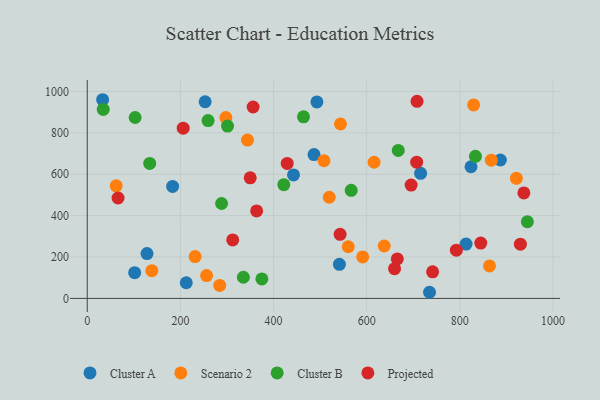
{"axis": {"x": "Distance", "y": "Yield"}, "legend": ["Cluster A", "Cluster B", "Projected", "Scenario 2"], "data": [{"x": "734.9", "y": 29.7, "type": "Cluster A"}, {"x": "824.0", "y": 636.2, "type": "Cluster A"}, {"x": "101.8", "y": 124.5, "type": "Cluster A"}, {"x": "541.4", "y": 164.8, "type": "Cluster A"}, {"x": "715.8", "y": 604.2, "type": "Cluster A"}, {"x": "486.9", "y": 695.0, "type": "Cluster A"}, {"x": "183.3", "y": 541.1, "type": "Cluster A"}, {"x": "813.4", "y": 262.7, "type": "Cluster A"}, {"x": "33.0", "y": 960.0, "type": "Cluster A"}, {"x": "442.9", "y": 596.7, "type": "Cluster A"}, {"x": "212.6", "y": 75.6, "type": "Cluster A"}, {"x": "128.3", "y": 216.5, "type": "Cluster A"}, {"x": "253.1", "y": 950.2, "type": "Cluster A"}, {"x": "493.1", "y": 949.4, "type": "Cluster A"}, {"x": "887.0", "y": 668.7, "type": "Cluster A"}, {"x": "256.2", "y": 110.4, "type": "Scenario 2"}, {"x": "637.6", "y": 253.3, "type": "Scenario 2"}, {"x": "297.7", "y": 873.7, "type": "Scenario 2"}, {"x": "543.7", "y": 843.1, "type": "Scenario 2"}, {"x": "508.3", "y": 665.5, "type": "Scenario 2"}, {"x": "615.9", "y": 658.0, "type": "Scenario 2"}, {"x": "829.6", "y": 934.8, "type": "Scenario 2"}, {"x": "863.7", "y": 156.9, "type": "Scenario 2"}, {"x": "284.4", "y": 63.0, "type": "Scenario 2"}, {"x": "62.1", "y": 543.9, "type": "Scenario 2"}, {"x": "867.6", "y": 667.9, "type": "Scenario 2"}, {"x": "560.4", "y": 249.7, "type": "Scenario 2"}, {"x": "138.7", "y": 134.1, "type": "Scenario 2"}, {"x": "921.4", "y": 580.3, "type": "Scenario 2"}, {"x": "591.4", "y": 200.6, "type": "Scenario 2"}, {"x": "519.6", "y": 488.8, "type": "Scenario 2"}, {"x": "344.0", "y": 765.0, "type": "Scenario 2"}, {"x": "231.6", "y": 202.4, "type": "Scenario 2"}, {"x": "667.8", "y": 714.9, "type": "Cluster B"}, {"x": "833.5", "y": 686.5, "type": "Cluster B"}, {"x": "288.4", "y": 458.6, "type": "Cluster B"}, {"x": "566.7", "y": 522.3, "type": "Cluster B"}, {"x": "945.0", "y": 370.4, "type": "Cluster B"}, {"x": "335.2", "y": 102.2, "type": "Cluster B"}, {"x": "301.2", "y": 832.7, "type": "Cluster B"}, {"x": "374.9", "y": 94.1, "type": "Cluster B"}, {"x": "134.1", "y": 652.3, "type": "Cluster B"}, {"x": "259.4", "y": 859.3, "type": "Cluster B"}, {"x": "422.0", "y": 549.7, "type": "Cluster B"}, {"x": "102.8", "y": 874.2, "type": "Cluster B"}, {"x": "34.3", "y": 913.0, "type": "Cluster B"}, {"x": "464.3", "y": 877.5, "type": "Cluster B"}, {"x": "844.9", "y": 267.4, "type": "Projected"}, {"x": "930.0", "y": 262.0, "type": "Projected"}, {"x": "792.5", "y": 232.9, "type": "Projected"}, {"x": "665.7", "y": 190.7, "type": "Projected"}, {"x": "356.1", "y": 924.9, "type": "Projected"}, {"x": "707.3", "y": 658.4, "type": "Projected"}, {"x": "66.1", "y": 485.3, "type": "Projected"}, {"x": "363.7", "y": 422.5, "type": "Projected"}, {"x": "695.4", "y": 547.4, "type": "Projected"}, {"x": "206.0", "y": 822.5, "type": "Projected"}, {"x": "312.3", "y": 282.7, "type": "Projected"}, {"x": "542.9", "y": 309.6, "type": "Projected"}, {"x": "349.9", "y": 582.9, "type": "Projected"}, {"x": "429.3", "y": 652.2, "type": "Projected"}, {"x": "937.5", "y": 509.8, "type": "Projected"}, {"x": "741.5", "y": 128.7, "type": "Projected"}, {"x": "659.8", "y": 143.7, "type": "Projected"}, {"x": "708.1", "y": 952.2, "type": "Projected"}]}